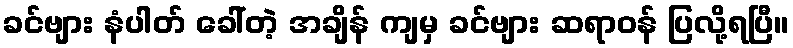
ခင်ဗျား နံပါတ် ခေါ်တဲ့ အချိန် ကျမှ ခင်ဗျား ဆရာဝန် ပြလို့ရပြီ။